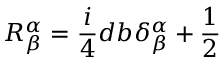
R _ { \beta } ^ { \alpha } = \frac { i } { 4 } d b \delta _ { \beta } ^ { \alpha } + \frac { 1 } { 2 }